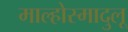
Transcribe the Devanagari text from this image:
माल्होस्मादुलू